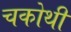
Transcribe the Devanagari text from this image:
चकोथी